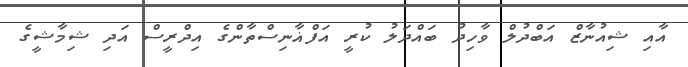
އާއި ޝިއުނާޒް އަބްދުލް ވާހިދު ބައްދަލު ކުރީ އަފްޣާނިސްތާންގެ އިދްރީސް އަދި ޝިމާޝީގެ